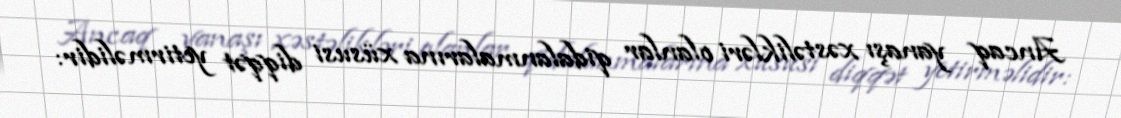
Ancaq yanaşı xəstəlikləri olanlar qidalanmalarına xüsusi diqqət yetirməlidir: